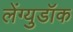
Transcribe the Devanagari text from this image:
लेंग्युडॉक